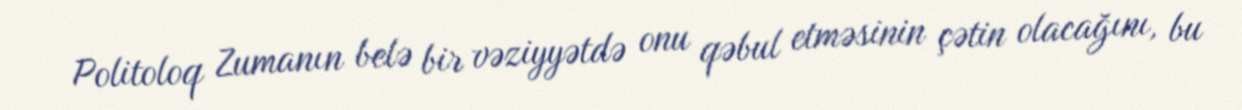
Politoloq Zumanın belə bir vəziyyətdə onu qəbul etməsinin çətin olacağını, bu